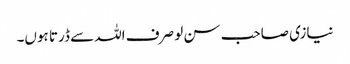
نیازی صاحب سن لو صرف اللہ سے ڈرتا ہوں۔